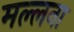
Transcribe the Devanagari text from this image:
मल्लना